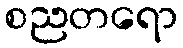
စညတရော